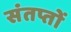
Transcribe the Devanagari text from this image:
संतप्तों